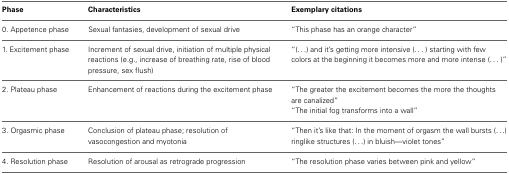
<table><thead><tr><td><b>Phase</b></td><td><b>Characteristics</b></td><td><b>Exemplary citations</b></td></tr></thead><tbody><tr><td>0. Appetence phase</td><td>Sexual fantasies, development of sexual drive</td><td>“This phase has an orange character”</td></tr><tr><td>1. Excitement phase</td><td>Increment of sexual drive, initiation of multiple physical reactions (e.g., increase of breathing rate, rise of blood pressure, sex flush)</td><td>“(...) and it&#x27;s getting more intensive (...) starting with few colors at the beginning it becomes more and more intense (...)”</td></tr><tr><td>2. Plateau phase</td><td>Enhancement of reactions during the excitement phase</td><td>“The greater the excitement becomes the more the thoughts are canalized” “The initial fog transforms into a wall”</td></tr><tr><td>3. Orgasmic phase</td><td>Conclusion of plateau phase; resolution of vasocongestion and myotonia</td><td>“Then it&#x27;s like that: In the moment of orgasm the wall bursts (...) ringlike structures (...) in bluish—violet tones”</td></tr><tr><td>4. Resolution phase</td><td>Resolution of arousal as retrograde progression</td><td>“The resolution phase varies between pink and yellow”</td></tr></tbody></table>